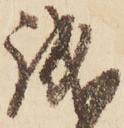
誠